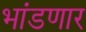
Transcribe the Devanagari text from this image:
भांडणार